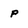
Character: p